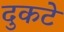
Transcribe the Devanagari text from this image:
दुकटे